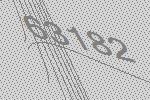
63182